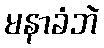
မနာခံဘဲ